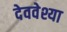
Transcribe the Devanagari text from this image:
देववेश्या